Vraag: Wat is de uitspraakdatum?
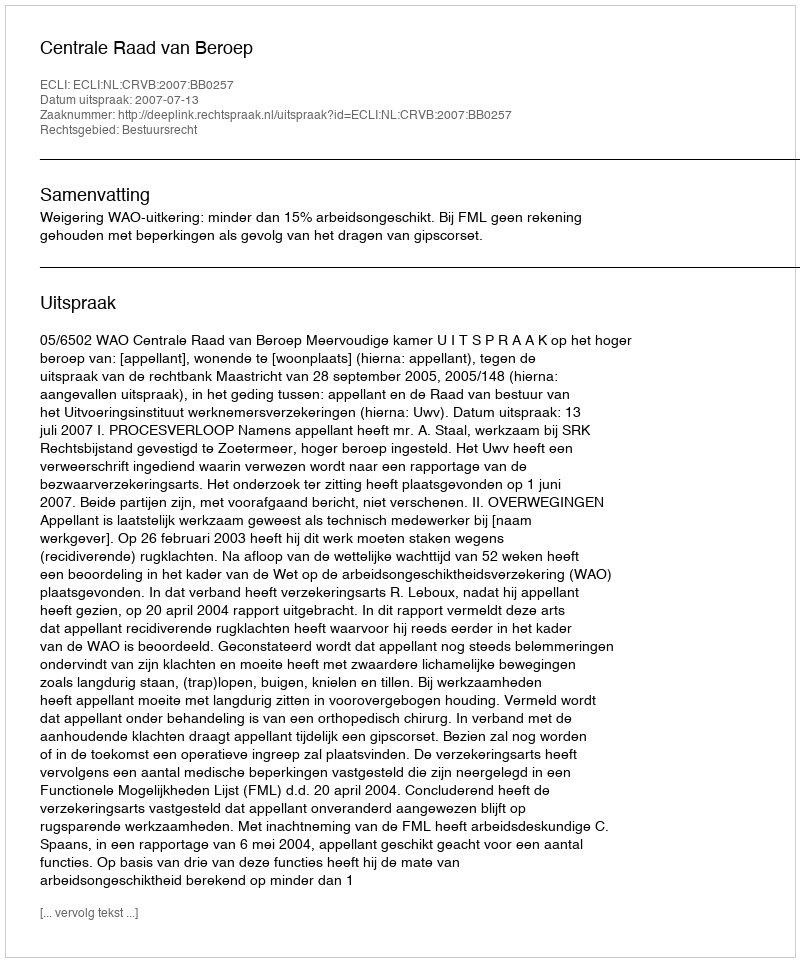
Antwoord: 2007-07-13